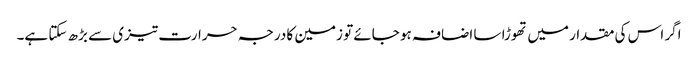
اگر اس کی مقدار میں تھوڑا سا اضافہ ہو جائے تو زمین کا درجہ حرارت تیزی سے بڑھ سکتا ہے۔